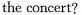
the concert?